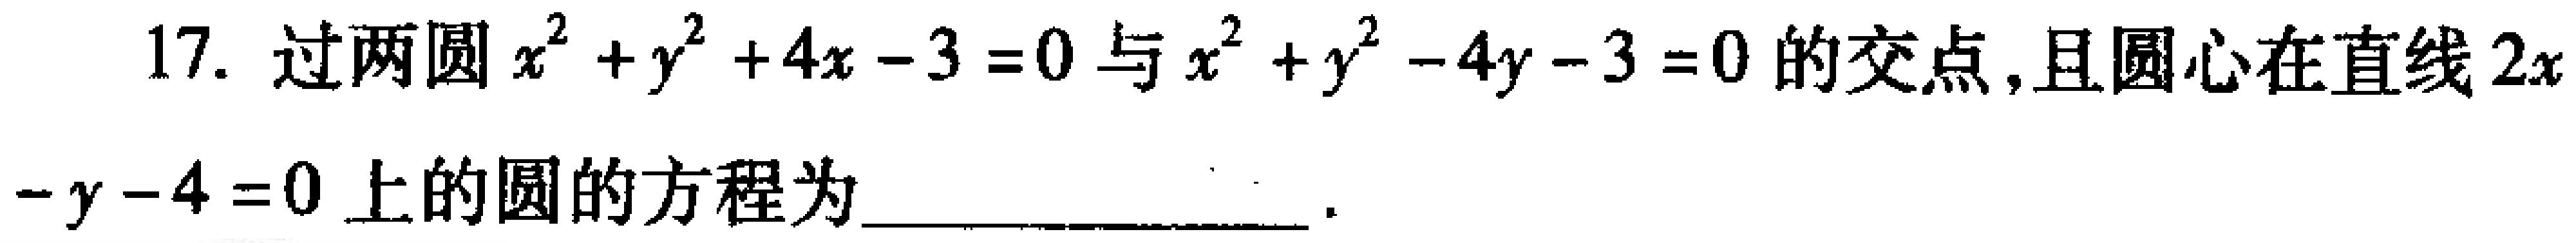
17. 过两圆\(x^{2}+y^{2}+4x - 3 = 0\)与\(x^{2}+y^{2}-4y - 3 = 0\)的交点，且圆心在直线\(2x - y - 4 = 0\)上的圆的方程为____________________.